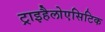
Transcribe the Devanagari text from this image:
ट्राइहैलोएसिटिक